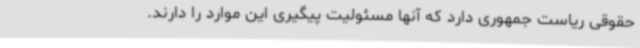
حقوقی ریاست جمهوری دارد که آنها مسئولیت پیگیری این موارد را دارند.